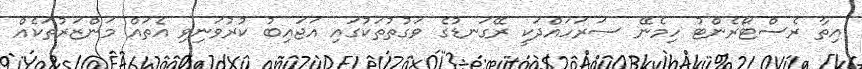
އިތާ ރެސްޓޯރެންޓު ހިމެނޭ ސަރަހައްދަކީ ރޭގަނޑުގެ ވަގުތުތަކުގައި އަޖައިބު ކުރުވަނިވި އެތައް މަންޒަރުތަކެއް